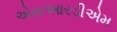
એસઆરડીએમ